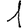
Digit: 1